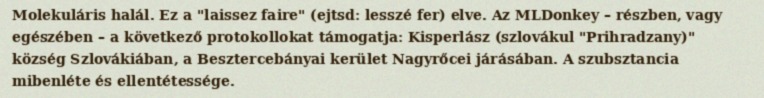
Molekuláris halál. Ez a "laissez faire" (ejtsd: lesszé fer) elve. Az MLDonkey – részben, vagy egészében – a következő protokollokat támogatja: Kisperlász (szlovákul "Prihradzany)" község Szlovákiában, a Besztercebányai kerület Nagyrőcei járásában. A szubsztancia mibenléte és ellentétessége.